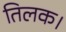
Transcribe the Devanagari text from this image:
तिलक।